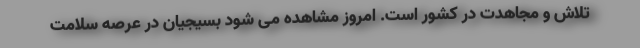
تلاش و مجاهدت در کشور است. امروز مشاهده می شود بسیجیان در عرصه سلامت